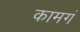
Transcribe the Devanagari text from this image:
कामगं